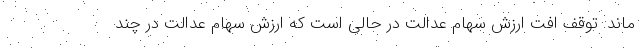
ماند. توقف افت ارزش سهام عدالت در حالی است که ارزش سهام عدالت در چند